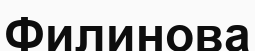
Филинова